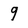
Character: 9